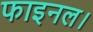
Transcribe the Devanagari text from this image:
फाइनल।